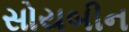
સોયબીન